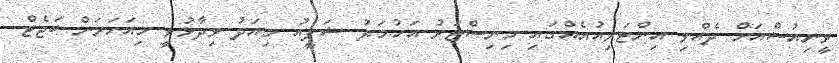
ވީނިއުސްއަށް ދެއްވި އިންޓަވިއުއެއްގައި މިނިސްޓަރު އަހުމަދު ޝަފީއު މިއަދު ވިދާޅުވީ މިއަހަރަށް ބަޖެޓް